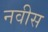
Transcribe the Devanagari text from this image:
नवीस